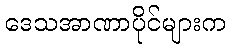
ဒေသအာဏာပိုင်များက